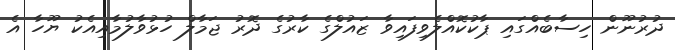
ދުރުނޫން ހިސާބެއްގައި ޕާކުކޮއްލެވިފައިވާ ޒައުލްގެ ކާރުގެ ދޮރު ޖަމާލް ހުޅުވާލުމާއިއެކު ޔޫހާ އެ